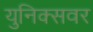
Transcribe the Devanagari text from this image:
युनिक्सवर